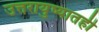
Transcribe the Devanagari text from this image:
उत्तरायुष्यातही